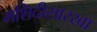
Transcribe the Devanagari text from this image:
मशिदीसारखा